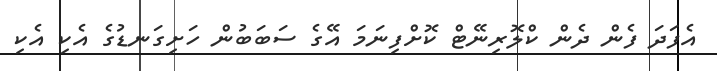
އެފަދަ ފެން ދެން ކްލޮރިނޭޓް ކޮށްފިނަމަ އޭގެ ސަބަބުން ހަށިގަނޑުގެ އެކި އެކި